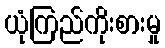
ယုံကြည်ကိုးစားမှု